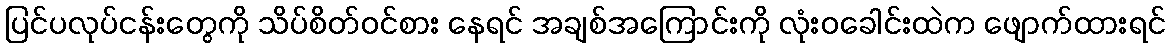
ပြင်ပလုပ်ငန်းတွေကို သိပ်စိတ်ဝင်စား နေရင် အချစ်အကြောင်းကို လုံးဝခေါင်းထဲက ဖျောက်ထားရင်